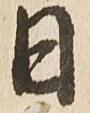
日